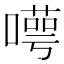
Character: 𠿸